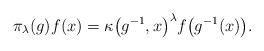
LaTeX: \begin{gather*}\pi_\lambda(g) f(x) = \kappa\big(g^{-1},x\big)^\lambda f\big(g^{-1}(x)\big).\end{gather*}